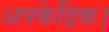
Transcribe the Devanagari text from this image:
अपकेद्रिक।